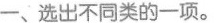
一、选出不同类的一项.。